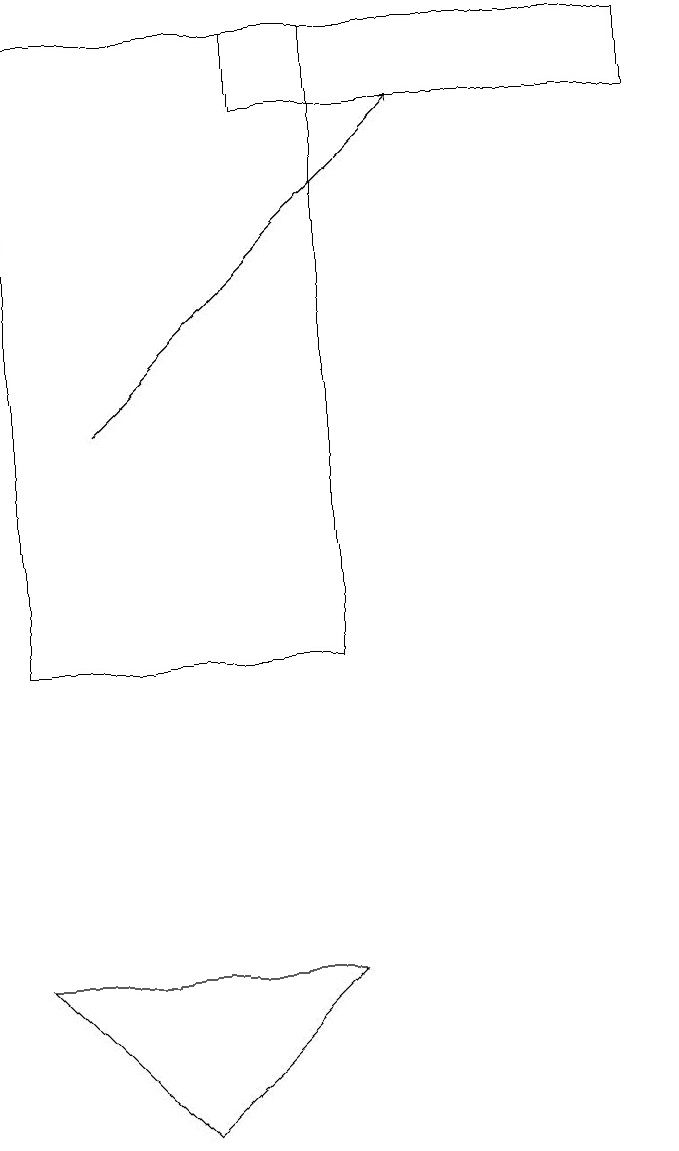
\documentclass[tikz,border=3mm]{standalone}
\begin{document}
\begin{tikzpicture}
\draw[->] (2,14) -- (6,18);
\draw (1,7) -- (5,7) -- (3,5) -- cycle;
\draw (9,19) rectangle (4,18);
\draw (5,12) rectangle (5,14);
\draw (1,19) rectangle (5,11);
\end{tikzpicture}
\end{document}